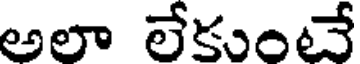
అలా లేకుంటే